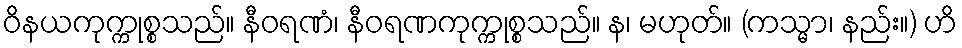
ဝိနယကုက္ကုစ္စသည်။ နီဝရဏံ၊ နီဝရဏကုက္ကုစ္စသည်။ န၊ မဟုတ်။ (ကသ္မာ၊ နည်း။) ဟိ